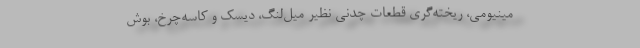
مینیومی، ریخته‌گری قطعات چدنی نظیر میل‌لنگ، دیسک و کاسه‌چرخ، بوش